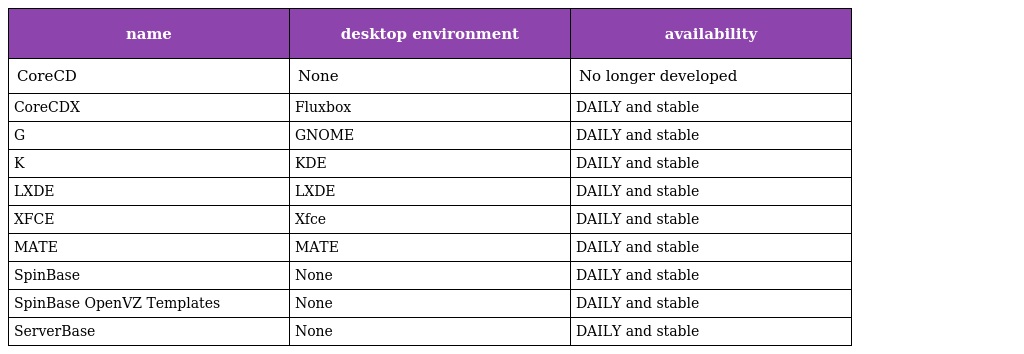
| name | desktop environment | availability |
 | --- | --- | --- |
 | CoreCD | None | No longer developed |
 | CoreCDX | Fluxbox | DAILY and stable |
 | G | GNOME | DAILY and stable |
 | K | KDE | DAILY and stable |
 | LXDE | LXDE | DAILY and stable |
 | XFCE | Xfce | DAILY and stable |
 | MATE | MATE | DAILY and stable |
 | SpinBase | None | DAILY and stable |
 | SpinBase OpenVZ Templates | None | DAILY and stable |
 | ServerBase | None | DAILY and stable |